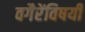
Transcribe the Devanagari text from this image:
वगैरेंविषयी